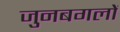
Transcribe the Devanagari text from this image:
जुनबगलों